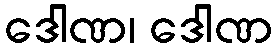
ဒေါဏ၊ ဒေါဏ